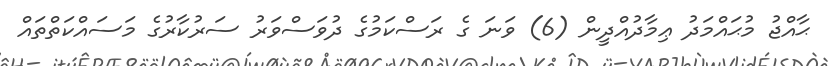
ޙާއްޖު މުޙައްމަދު ޢިމާދުއްދީން (6) ވަނަ ގެ ރަސްކަމުގެ ދުވަސްވަރު ސަރުކާރުގެ މަސައްކަތްތައް